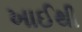
ખાઈથી